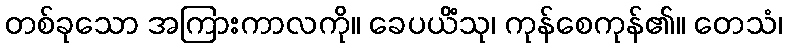
တစ်ခုသော အကြားကာလကို။ ခေပယိံသု၊ ကုန်စေကုန်၏။ တေသံ၊